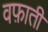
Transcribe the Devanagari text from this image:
वफ़ाती